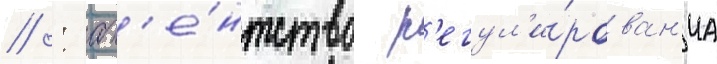
// : аг'е́нтство р'егул'и́рован'иа